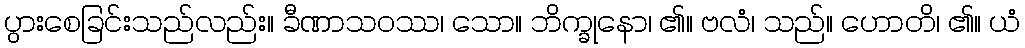
ပွားစေခြင်းသည်လည်း။ ခီဏာသဝဿ၊ သော။ ဘိက္ခုနော၊ ၏။ ဗလံ၊ သည်။ ဟောတိ၊ ၏။ ယံ